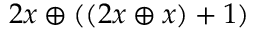
2 x \oplus ( ( 2 x \oplus x ) + 1 )